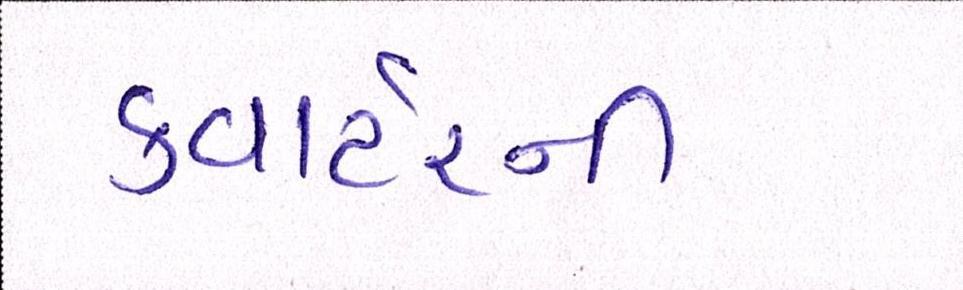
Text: ક્વાર્ટરની